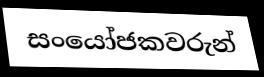
සංයෝජකවරුන්